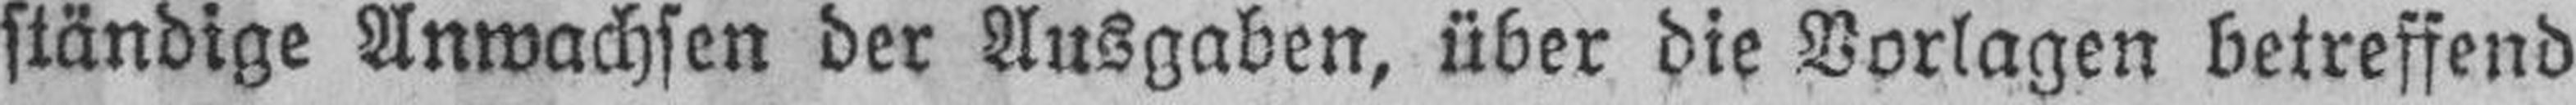
ständige Anwachsen der Ausgaben, über die Vorlagen betreffend